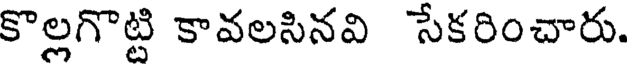
కొల్లగొట్టి కావలసినవి సేకరించారు.